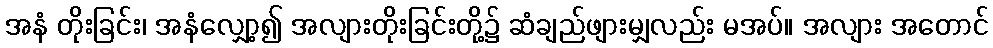
အနံ တိုးခြင်း၊ အနံလျှော့၍ အလျားတိုးခြင်းတို့၌ ဆံချည်ဖျားမျှလည်း မအပ်။ အလျား အတောင်